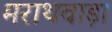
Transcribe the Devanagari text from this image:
मराथवाड़ा